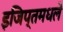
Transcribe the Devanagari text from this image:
इजिप्तमधले